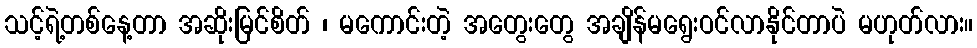
သင့်ရဲ့တစ်နေ့တာ အဆိုးမြင်စိတ် ၊ မကောင်းတဲ့ အတွေးတွေ အချိန်မရွေးဝင်လာနိုင်တာပဲ မဟုတ်လား။